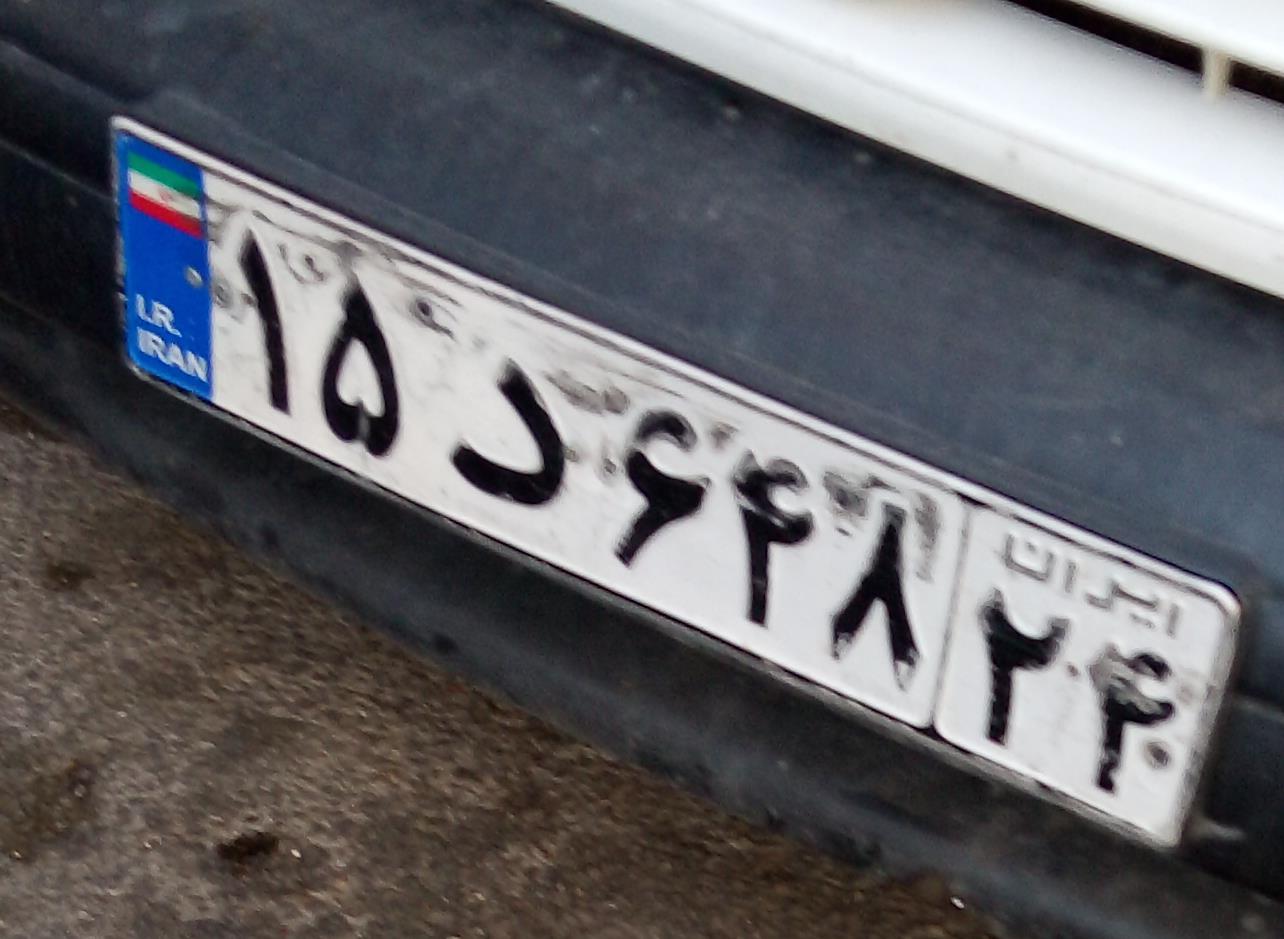
۱۵د۶۴۸۲۴